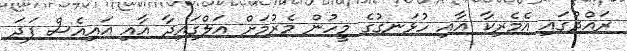
ރައްދުގައި އެމެރިކާ އާއި ހުޅަނގުގެ މީހުން މެރުމަށް އަލްގައިދާ އާއި އައިއެސް ފަދަ